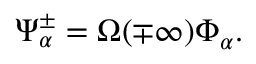
\Psi _ { \alpha } ^ { \pm } = \Omega ( \mp \infty ) \Phi _ { \alpha } .